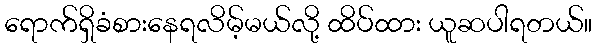
ရောက်ရှိခံစားနေရလိမ့်မယ်လို့ ထိပ်ထား ယူဆပါရတယ်။